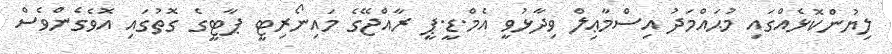
ލިޔުންކޮޅެއްގައި މުޙައްމަދު އިސްމާޢިލް ވިދާޅުވީ އެމް.ޑީ.ޕީ ރާއްޖޭގެ މައިނޯރިޓީ ޕާޓީގެ ގޮތުގައި އޮވެގެންވެސް